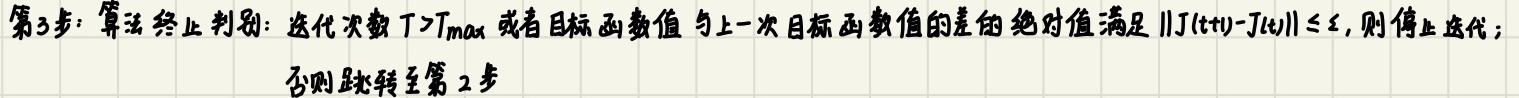
第3步：算法终止判别：迭代次数$T>T_{max}$或者目标函数值与上一次目标函数值的差的绝对值满足$\|J(t+1)-J(t)\|\leq \varepsilon$，则停止迭代；否则跳转至第2步